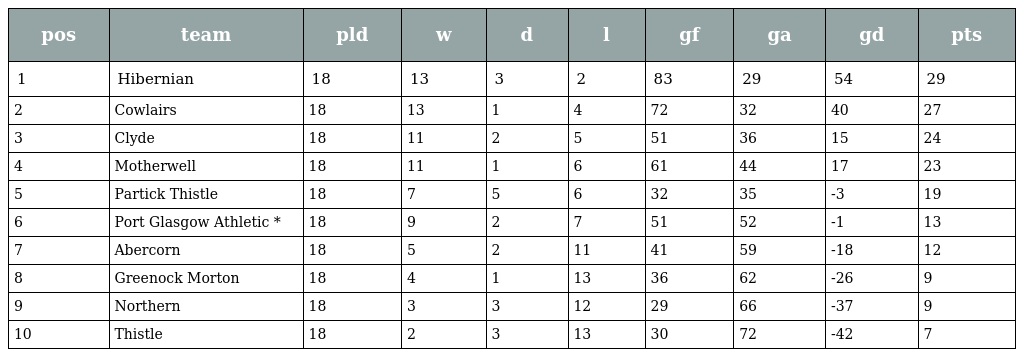
| pos | team | pld | w | d | l | gf | ga | gd | pts |
 | --- | --- | --- | --- | --- | --- | --- | --- | --- | --- |
 | 1 | Hibernian | 18 | 13 | 3 | 2 | 83 | 29 | 54 | 29 |
 | 2 | Cowlairs | 18 | 13 | 1 | 4 | 72 | 32 | 40 | 27 |
 | 3 | Clyde | 18 | 11 | 2 | 5 | 51 | 36 | 15 | 24 |
 | 4 | Motherwell | 18 | 11 | 1 | 6 | 61 | 44 | 17 | 23 |
 | 5 | Partick Thistle | 18 | 7 | 5 | 6 | 32 | 35 | -3 | 19 |
 | 6 | Port Glasgow Athletic * | 18 | 9 | 2 | 7 | 51 | 52 | -1 | 13 |
 | 7 | Abercorn | 18 | 5 | 2 | 11 | 41 | 59 | -18 | 12 |
 | 8 | Greenock Morton | 18 | 4 | 1 | 13 | 36 | 62 | -26 | 9 |
 | 9 | Northern | 18 | 3 | 3 | 12 | 29 | 66 | -37 | 9 |
 | 10 | Thistle | 18 | 2 | 3 | 13 | 30 | 72 | -42 | 7 |